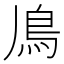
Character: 𩾑